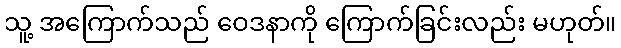
သူ့ အကြောက်သည် ဝေဒနာကို ကြောက်ခြင်းလည်း မဟုတ်။